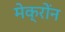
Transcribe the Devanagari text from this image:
मेक्रोंन